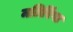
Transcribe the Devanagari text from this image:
मतिरिंगा